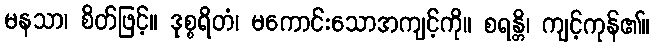
မနသာ၊ စိတ်ဖြင့်။ ဒုစ္စရိတံ၊ မကောင်းသောအကျင့်ကို။ စရန္တိ၊ ကျင့်ကုန်၏။